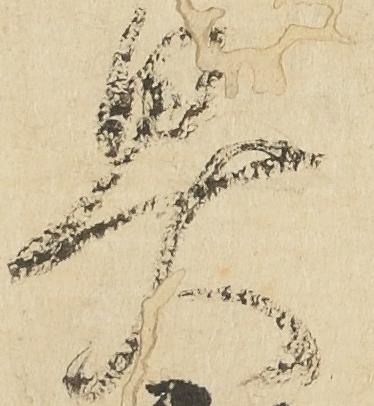
具